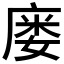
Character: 𫷹